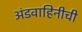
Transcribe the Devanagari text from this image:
अंडवाहिनीची